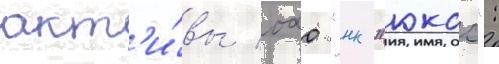
акт'и́вы оао "нк "юкос":